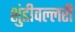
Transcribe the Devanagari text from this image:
शुंडीवल्लरी